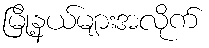
မြို့နယ်များအလိုက်